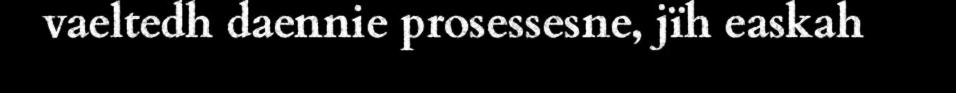
vaeltedh daennie prosessesne, jïh easkah